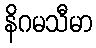
နိဂမသီမာ